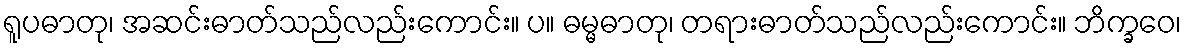
ရူပဓာတု၊ အဆင်းဓာတ်သည်လည်းကောင်း။ ပ။ ဓမ္မဓာတု၊ တရားဓာတ်သည်လည်းကောင်း။ ဘိက္ခဝေ၊